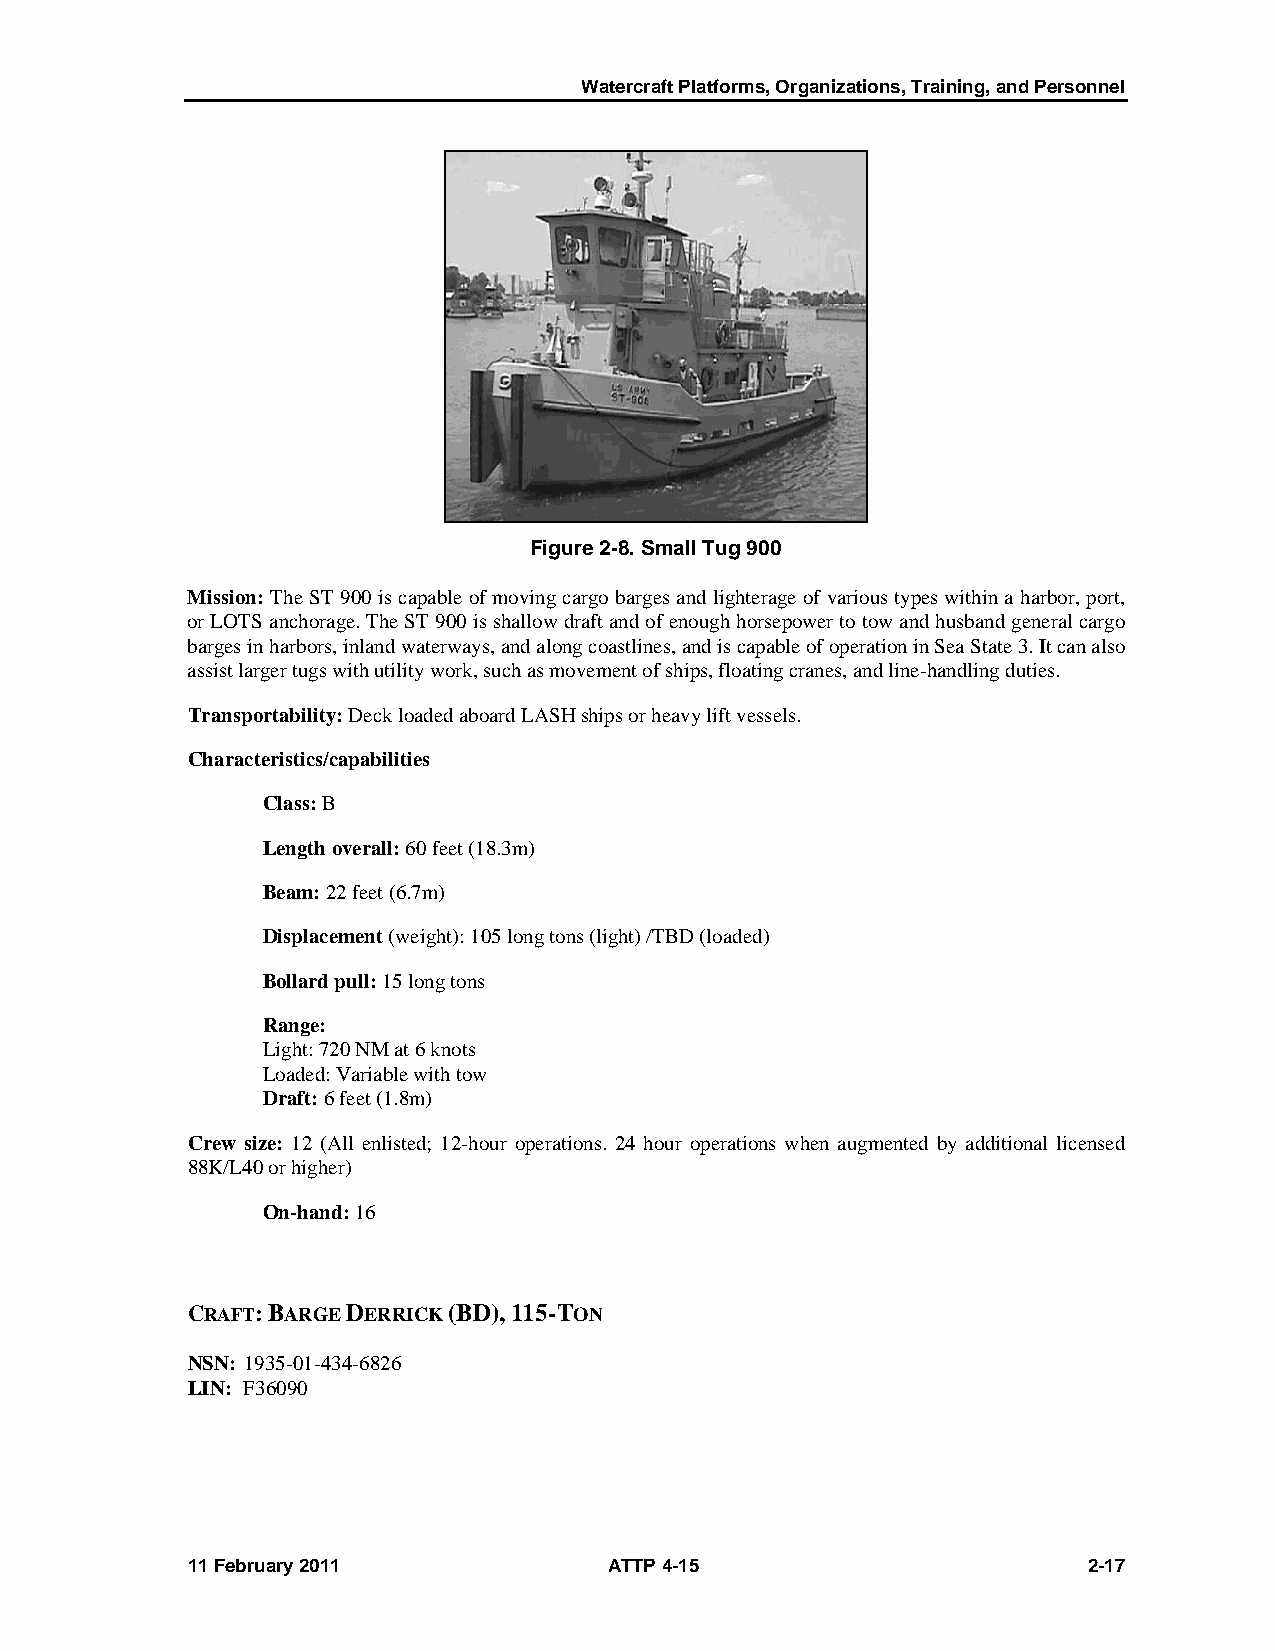
Watercraft Platforms, Organizations, Training, and Personnel
 Figure 2-8. Small Tug 900
 Mission: The ST 900 is capable of moving cargo barges and lighterage of various types within a harbor, port,
 or LOTS anchorage. The ST 900 is shallow draft and of enough horsepower to tow and husband general cargo
 barges in harbors, inland waterways, and along coastlines, and is capable of operation in Sea State 3. It can also
 assist larger tugs with utility work, such as movement of ships, floating cranes, and line-handling duties.
 Transportability: Deck loaded aboard LASH ships or heavy lift vessels.
 Characteristics/capabilities
 Class: B
 Length overall: 60 feet (18.3m)
 Beam: 22 feet (6.7m)
 Displacement (weight): 105 long tons (light) /TBD (loaded)
 Bollard pull: 15 long tons
 Range:
 Light: 720 NM at 6 knots
 Loaded: Variable with tow
 Draft: 6 feet (1.8m)
 Crew size: 12 (All enlisted; 12-hour operations. 24 hour operations when augmented by additional licensed
 88K/L40 or higher)
 On-hand: 16
 CRAFT: BARGE DERRICK (BD), 115-TON
 NSN: 1935-01-434-6826
 LIN: F36090
 11 February 2011            ATTP 4-15                       2-17